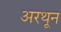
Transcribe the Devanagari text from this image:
अरथून